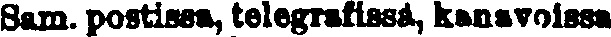
Sam. postissa, telegrafissa, kanavoissa